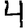
Digit: 4